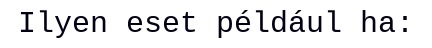
Ilyen eset például ha: